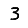
Digit: 3